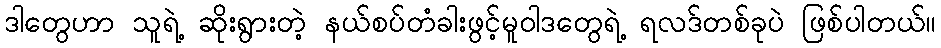
ဒါတွေဟာ သူရဲ့ ဆိုးရွားတဲ့ နယ်စပ်တံခါးဖွင့်မူဝါဒတွေရဲ့ ရလဒ်တစ်ခုပဲ ဖြစ်ပါတယ်။